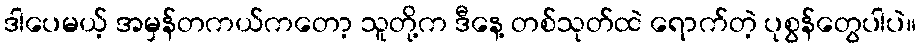
ဒါပေမယ့် အမှန်တကယ်ကတော့ သူတို့က ဒီနေ့ တစ်သုတ်ထဲ ရောက်တဲ့ ပုစွန်တွေပါပဲ။